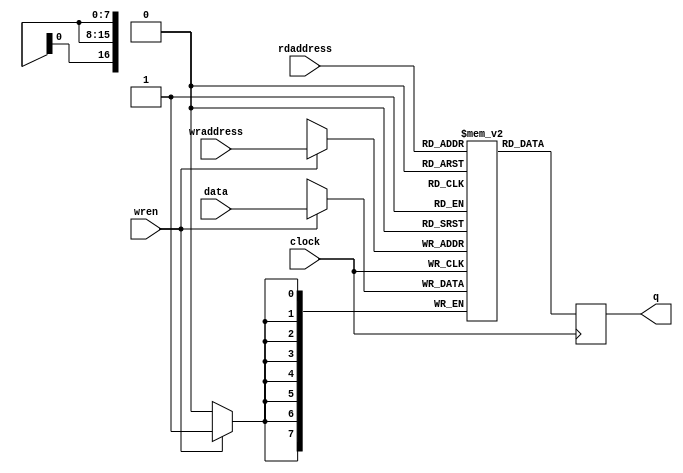
module imagebuffer(
    input wire clock,
    input wire [16:0] rdaddress,
    input wire [16:0] wraddress,
    input wire [7:0] data, // Data width changed to 8 bits
    input wire wren,
    output reg [7:0] q // Output data width changed to 8 bits
);

parameter MEMORY_DEPTH = 131072; 

// Memory declaration
reg [7:0] memory [0:MEMORY_DEPTH-1];

// Write operation
always @(posedge clock) begin
    if (wren) begin
        memory[wraddress] <= data;
    end
end

// Read operation
always @(posedge clock) begin
    q <= memory[rdaddress];
end

endmodule